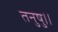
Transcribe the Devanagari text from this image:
तनुषु।।